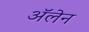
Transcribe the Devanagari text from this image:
ॲलेन